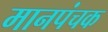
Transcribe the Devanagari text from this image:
मानपंचक